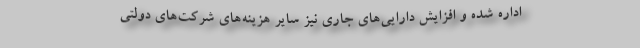
اداره شده و افزایش دارایی‌های جاری نیز سایر هزینه‌های شرکت‌های دولتی